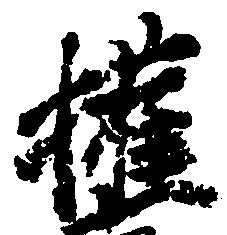
権